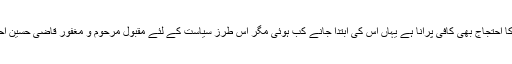
دھرنوں کا احتجاج بھی کافی پرانا ہے یہاں اس کی ابتدا جانے کب ہوئی مگر اس طرز سیاست کے لئے مقبول مرحوم و مغفور قاضی حسین احمد تھے۔